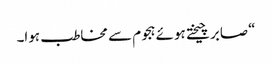
“صابر چیختے ہوئے ہجوم سے مخاطب ہوا۔